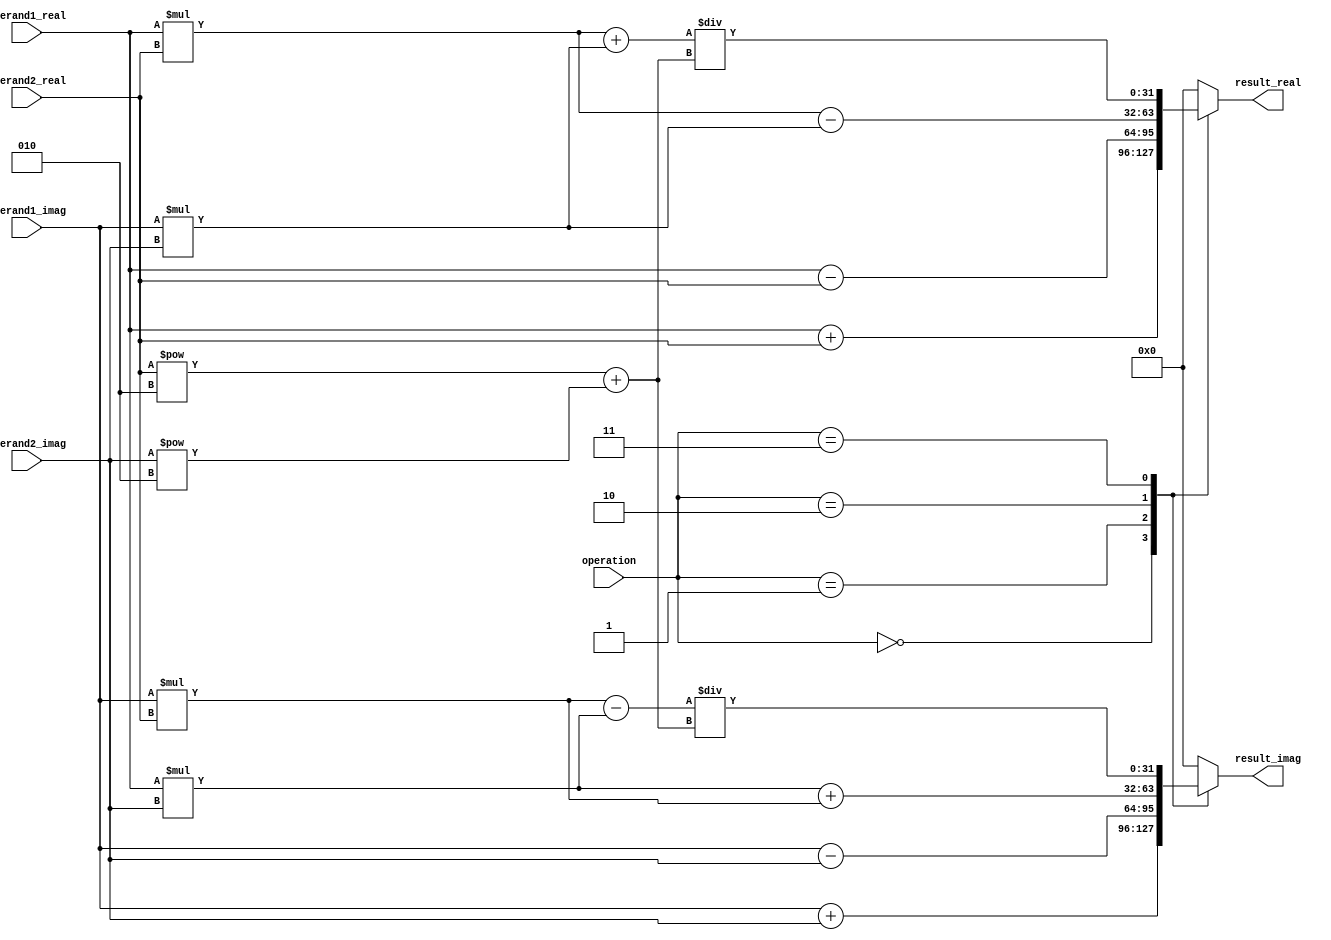
module ArbitraryPrecisionFloatingPointUnit (
    input wire [31:0] operand1_real,
    input wire [31:0] operand1_imag,
    input wire [31:0] operand2_real,
    input wire [31:0] operand2_imag,
    input wire [2:0] operation, // 0: addition, 1: subtraction, 2: multiplication, 3: division
    output wire [31:0] result_real,
    output wire [31:0] result_imag
);

// Registers to store operands and result
reg [31:0] operand1_real_reg;
reg [31:0] operand1_imag_reg;
reg [31:0] operand2_real_reg;
reg [31:0] operand2_imag_reg;
reg [31:0] result_real_reg;
reg [31:0] result_imag_reg;

// Control logic to manage data flow
always @* begin
    operand1_real_reg = operand1_real;
    operand1_imag_reg = operand1_imag;
    operand2_real_reg = operand2_real;
    operand2_imag_reg = operand2_imag;

    case(operation)
        0: begin // Addition
            result_real_reg = operand1_real_reg + operand2_real_reg;
            result_imag_reg = operand1_imag_reg + operand2_imag_reg;
        end
        1: begin // Subtraction
            result_real_reg = operand1_real_reg - operand2_real_reg;
            result_imag_reg = operand1_imag_reg - operand2_imag_reg;
        end
        2: begin // Multiplication
            result_real_reg = operand1_real_reg * operand2_real_reg - operand1_imag_reg * operand2_imag_reg;
            result_imag_reg = operand1_real_reg * operand2_imag_reg + operand1_imag_reg * operand2_real_reg;
        end
        3: begin // Division
            result_real_reg = (operand1_real_reg * operand2_real_reg + operand1_imag_reg * operand2_imag_reg) / (operand2_real_reg**2 + operand2_imag_reg**2);
            result_imag_reg = (operand2_real_reg * operand1_imag_reg - operand1_real_reg * operand2_imag_reg) / (operand2_real_reg**2 + operand2_imag_reg**2);
        end
        default: begin
            result_real_reg = 0;
            result_imag_reg = 0;
        end
    endcase
end

assign result_real = result_real_reg;
assign result_imag = result_imag_reg;

endmodule